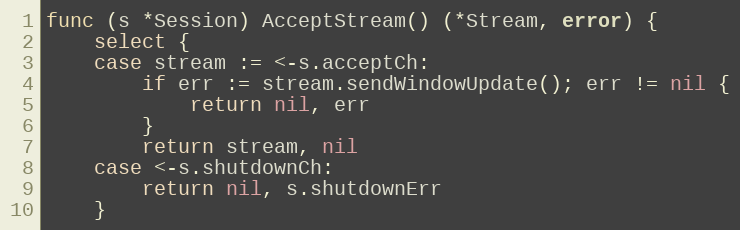
Language: Go
func (s *Session) AcceptStream() (*Stream, error) {
	select {
	case stream := <-s.acceptCh:
		if err := stream.sendWindowUpdate(); err != nil {
			return nil, err
		}
		return stream, nil
	case <-s.shutdownCh:
		return nil, s.shutdownErr
	}